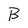
Character: B